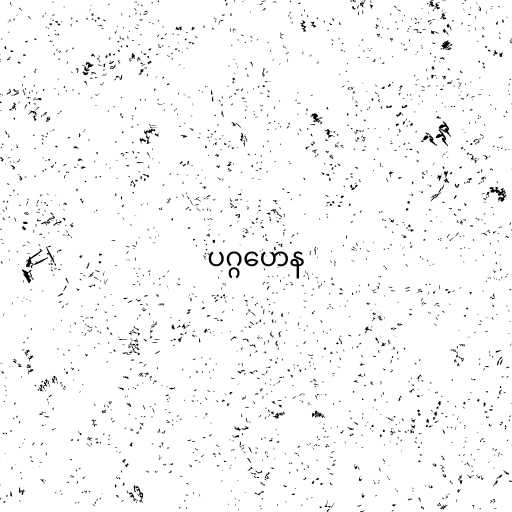
ပဂ္ဂဟေန